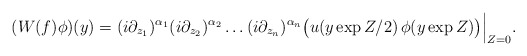
\begin{align*}({W}(f)\phi )(y)=(i{\partial_{z_1}})^{\alpha_1}(i{\partial_{z_2}})^{\alpha_2}\ldots (i{\partial_{z_n}})^{\alpha_n}\bigl( u(y\exp Z/2)\,\phi (y\exp Z) \bigr) \Bigl \vert_{Z=0}.\end{align*}